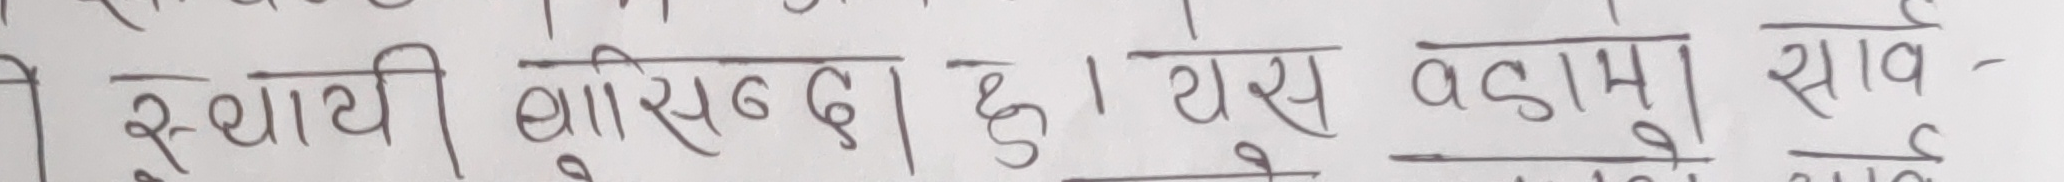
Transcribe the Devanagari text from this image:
स्थायी बासिन्दा छु। यस बडामा साव-